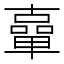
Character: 𠧈